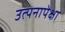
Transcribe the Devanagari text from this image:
उत्पनापेक्षा